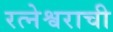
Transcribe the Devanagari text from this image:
रत्नेश्वराची